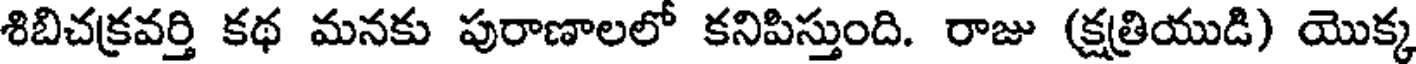
శిబిచక్రవర్తి కథ మనకు పురాణాలలో కనిపిస్తుంది. రాజు (క్షత్రియుడి) యొక్క